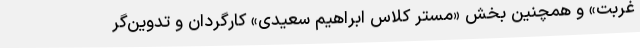
غربت» و همچنین بخش «مستر کلاس ابراهیم سعیدی» کارگردان و تدوین‌گر